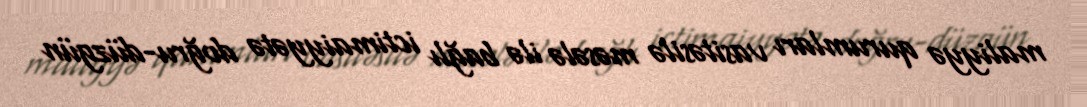
maliyyə qurumları vasitəsilə məsələ ilə bağlı ictimaiyyətə doğru-düzgün